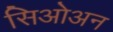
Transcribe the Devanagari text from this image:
सिओअन